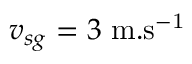
v _ { s g } = 3 ~ \mathrm { m . s ^ { - 1 } }